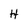
Character: H